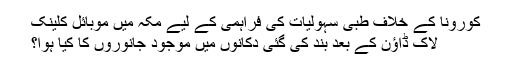
کورونا کے خلاف طبی سہولیات کی فراہمی کے لیے مکہ میں موبائل کلینک
لاک ڈاؤن کے بعد بند کی گئی دکانوں میں موجود جانوروں کا کیا ہوا؟